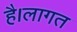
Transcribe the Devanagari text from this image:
है।लागत